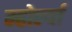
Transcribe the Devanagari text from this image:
म्होर्ल्या